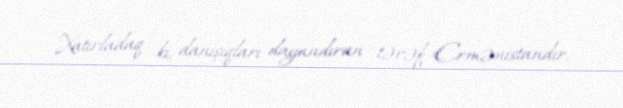
Xatırladaq ki, danışıqları dayandıran tərəf Ermənistandır.